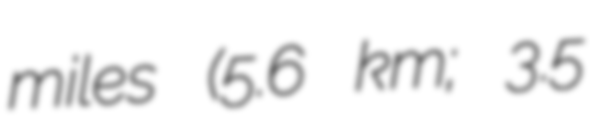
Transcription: miles (5.6 km; 3.5